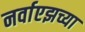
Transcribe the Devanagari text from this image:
नर्वाएझच्या